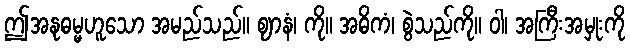
ဤအနုဓမ္မဟူသော အမည်သည်။ ဈာနံ၊ ကို။ အဓိကံ၊ စွဲသည်ကို။ ဝါ၊ အကြီးအမှုးကို